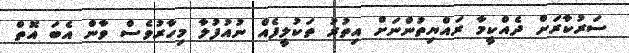
ސަރުކާރަށް ދެއްކީމާ ރައްޔިތުންނަށް އިތުރު ތަކުލީފެއް ނުއުފުލާ މިހާރުވެސް ވާން އެބަ އޮތް